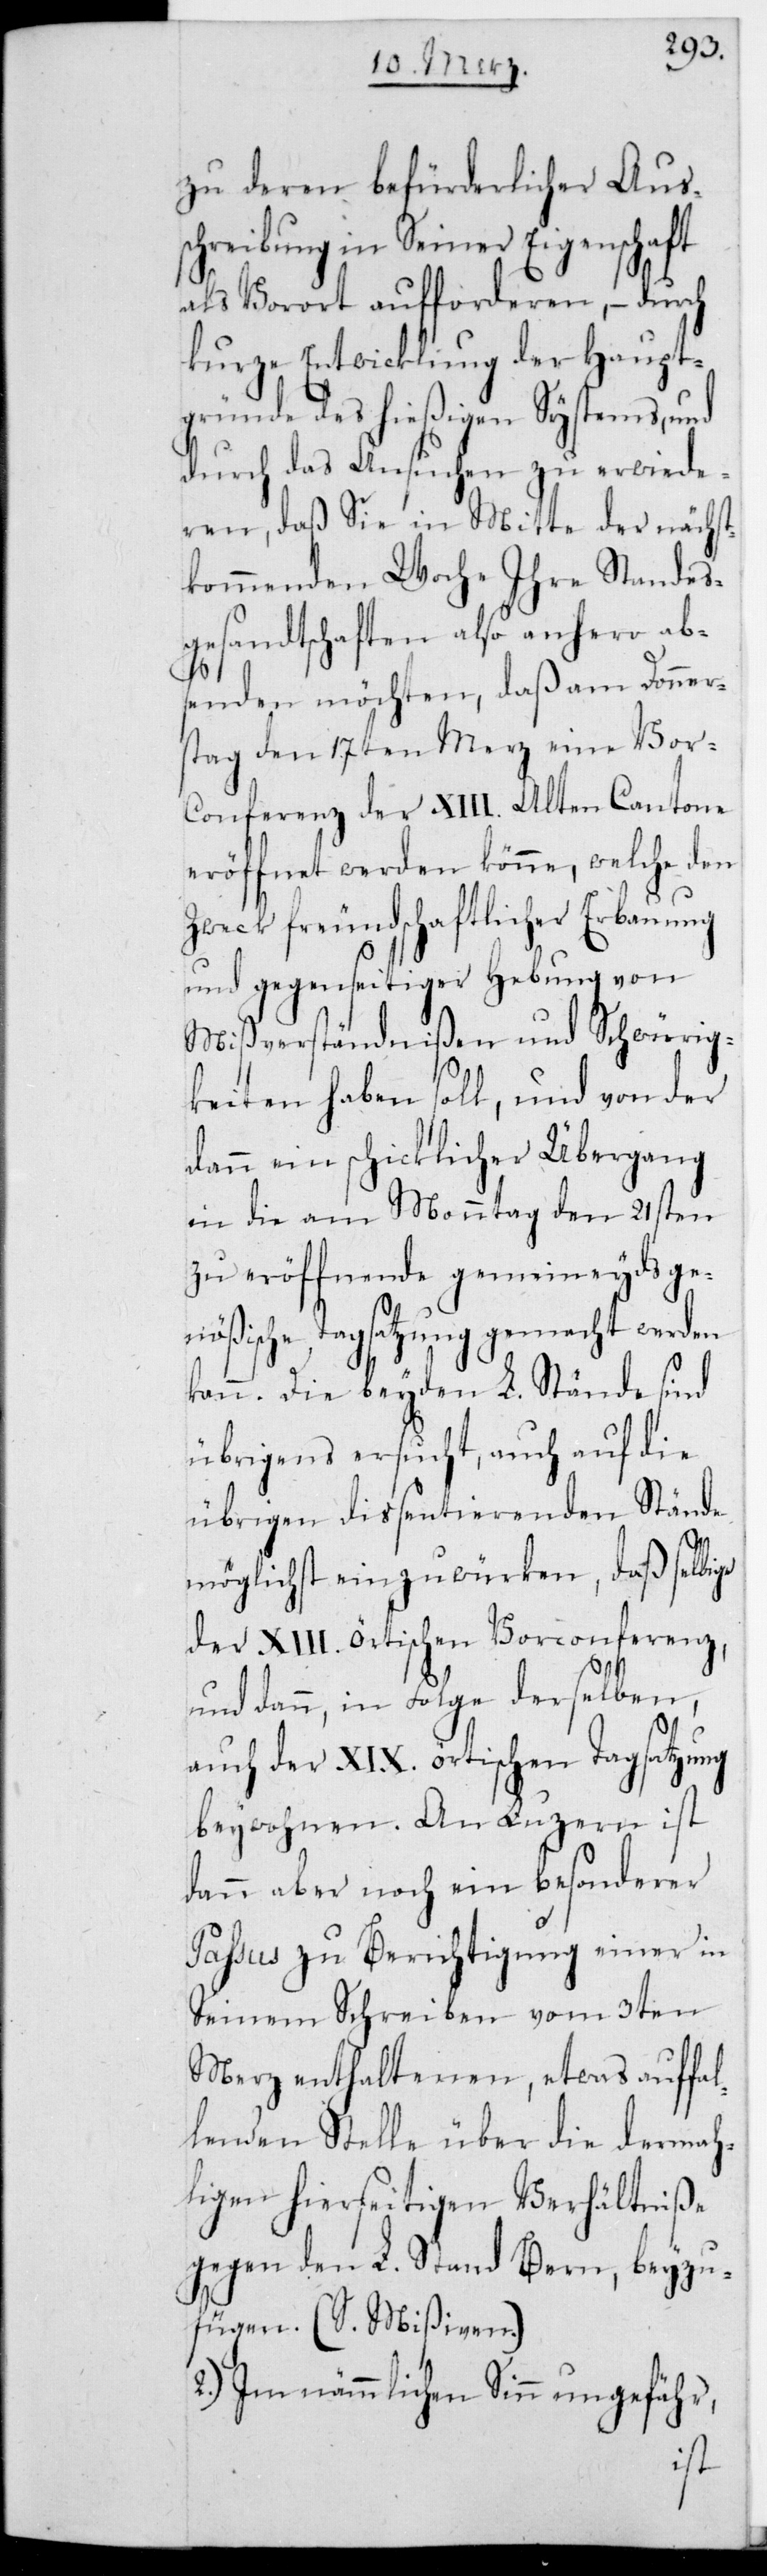
zu deren befürderlicher Aus¬
schreibung in Seiner Eigenschaft
als Vorort aufforderen, – durch
kurze Entwicklung der Haupt¬
gründe des hießigen Systems, und
durch das Ansuchen zu erwide¬
ren, daß Sie in Mitte der nächst¬
kommenden Woche Ihre Standes¬
gesandtschaften also anhero abs¬
enden möchten, daß am Donner¬
stag den 17ten Merz eine Vor¬
conferenz der XIII. Alten Cantone
eröffnet werden könne, welche den
Zweck freundschaftlicher Erbauung
und gegenseitiger Hebung von
Mißverständnißen und Schwürig¬
keiten haben soll, und von der
dann ein schicklicher Übergang
in die am Montag den 21sten
zu eröffnende gemeineydsge¬
nößische Tagsatzung gemacht werden
kann. Die beyden L. Stände sind
übrigens ersucht, auch auf die
übrigen dispensierenden Stände
möglichst einzuwürken, daß selbige
der XIII. örtischen Vorconferenz,
und dann, in Folge derselben,
auch der XIX. örtischen Tagsatzung
beywohnen. An Luzern ist
dann aber noch ein besonderer
Paßus zu Berichtigung einer in
seinem Schreiben vom 3ten
Merz enthaltenen, etwas auffal¬
lenden Stelle über die dermah¬
ligen hierseitigen Verhältniße
gegen den L. Stand Bern, beyzu¬
fügen (siehe Mißiven).
2.) Im nämmlichen Sinn ungefähr,